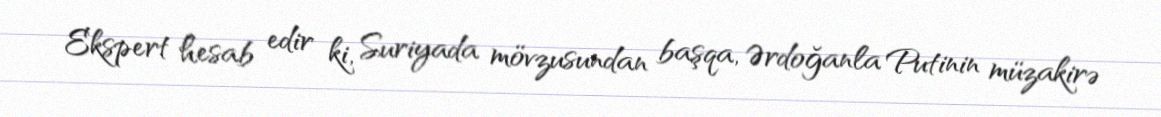
Ekspert hesab edir ki, Suriyada mövzusundan başqa, Ərdoğanla Putinin müzakirə